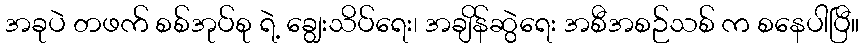
အခုပဲ တဖက် စစ်အုပ်စု ရဲ့ ချွေးသိပ်ရေး၊ အချိန်ဆွဲရေး အစီအစဉ်သစ် က စနေပါပြီ။